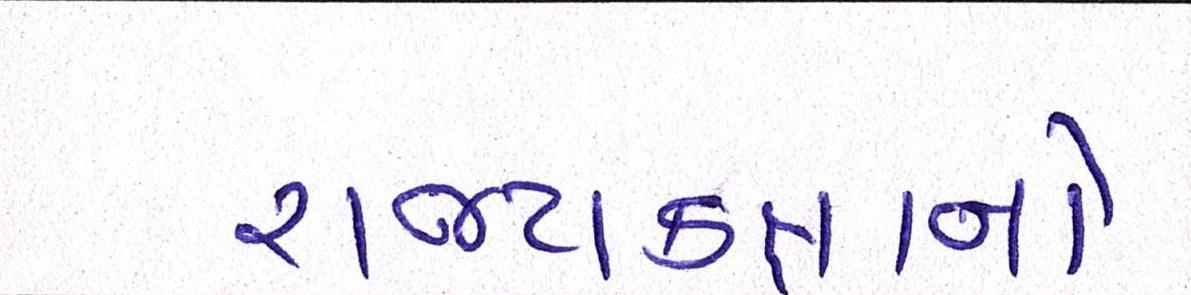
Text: રાજ્યકક્ષાનો